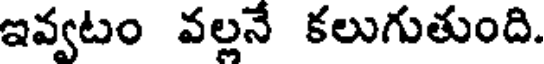
ఇవ్వటం వల్లనే కలుగుతుంది.